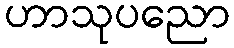
ဟာသုပညော